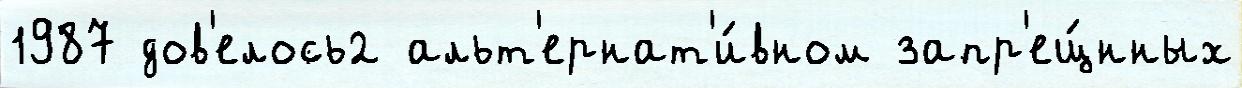
1987 дов'елось2 альт'ернат'и́вном запр'ещ́нных